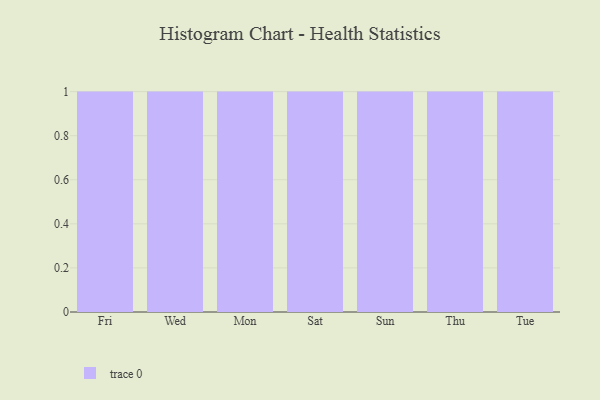
{"axis": {"x": "Day", "y": "Satisfaction Score"}, "legend": [""], "data": [{"x": "Fri", "y": 42, "type": ""}, {"x": "Wed", "y": 100, "type": ""}, {"x": "Mon", "y": 10, "type": ""}, {"x": "Sat", "y": 80, "type": ""}, {"x": "Sun", "y": 96, "type": ""}, {"x": "Thu", "y": 19, "type": ""}, {"x": "Tue", "y": 26, "type": ""}]}